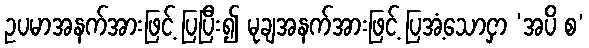
ဥပမာအနက်အားဖြင့် ပြပြီး၍ မုချအနက်အားဖြင့် ပြအံ့သောငှာ ‘အပိ စ’